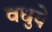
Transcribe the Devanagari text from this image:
वधुये